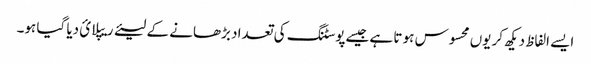
ایسے الفاظ دیکھ کر یوں محسوس ہو تا ہے جیسےپوسٹنگ کی تعداد بڑھانے کے لیئے ریپلائ دیا گیا ہو۔